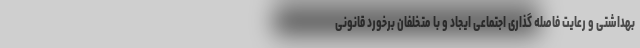
بهداشتی و رعایت فاصله گذاری اجتماعی ایجاد و با متخلفان برخورد قانونی